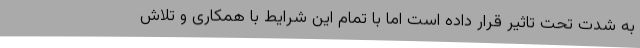
به شدت تحت تاثیر قرار داده است اما با تمام این شرایط با همکاری و تلاش